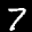
Label: 7